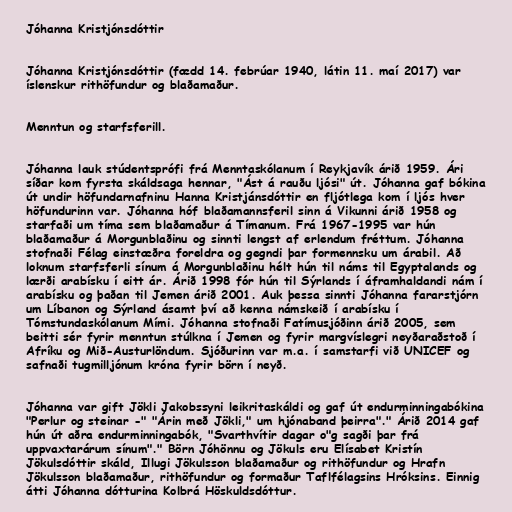
Jóhanna Kristjónsdóttir

Jóhanna Kristjónsdóttir (fædd 14. febrúar 1940, látin 11. maí 2017) var
íslenskur rithöfundur og blaðamaður.

Menntun og starfsferill.

Jóhanna lauk stúdentsprófi frá Menntaskólanum í Reykjavík árið 1959. Ári
síðar kom fyrsta skáldsaga hennar, "Ást á rauðu ljósi" út. Jóhanna gaf bókina
út undir höfundarnafninu Hanna Kristjánsdóttir en fljótlega kom í ljós hver
höfundurinn var. Jóhanna hóf blaðamannsferil sinn á Vikunni árið 1958 og
starfaði um tíma sem blaðamaður á Tímanum. Frá 1967-1995 var hún
blaðamaður á Morgunblaðinu og sinnti lengst af erlendum fréttum. Jóhanna
stofnaði Félag einstæðra foreldra og gegndi þar formennsku um árabil. Að
loknum starfsferli sínum á Morgunblaðinu hélt hún til náms til Egyptalands og
lærði arabísku í eitt ár. Árið 1998 fór hún til Sýrlands í áframhaldandi nám í
arabísku og þaðan til Jemen árið 2001. Auk þessa sinnti Jóhanna fararstjórn
um Líbanon og Sýrland ásamt því að kenna námskeið í arabísku í
Tómstundaskólanum Mími. Jóhanna stofnaði Fatímusjóðinn árið 2005, sem
beitti sér fyrir menntun stúlkna í Jemen og fyrir margvíslegri neyðaraðstoð í
Afríku og Mið-Austurlöndum. Sjóðurinn var m.a. í samstarfi við UNICEF og
safnaði tugmilljónum króna fyrir börn í neyð.

Jóhanna var gift Jökli Jakobssyni leikritaskáldi og gaf út endurminningabókina
"Perlur og steinar -" "Árin með Jökli," um hjónaband þeirra"." Árið 2014 gaf
hún út aðra endurminningabók, "Svarthvítir dagar o"g sagði þar frá
uppvaxtarárum sínum"." Börn Jóhönnu og Jökuls eru Elísabet Kristín
Jökulsdóttir skáld, Illugi Jökulsson blaðamaður og rithöfundur og Hrafn
Jökulsson blaðamaður, rithöfundur og formaður Taflfélagsins Hróksins. Einnig
átti Jóhanna dótturina Kolbrá Höskuldsdóttur.